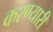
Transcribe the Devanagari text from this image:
करण्यारी